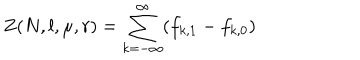
Z ( N , l , \mu , r ) = \sum _ { k = - \infty } ^ { \infty } ( f _ { k , 1 } - f _ { k , 0 } )